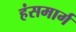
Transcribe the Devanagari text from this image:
हंसमार्ग